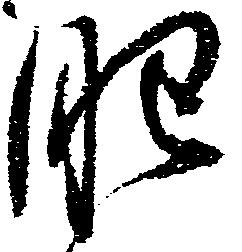
肥